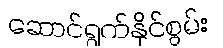
ဆောင်ရွက်နိုင်စွမ်း